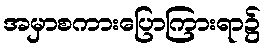
အမှာစကားပြောကြားရာ၌